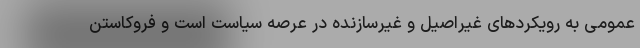
عمومی به رویکردهای غیراصیل و غیرسازنده در عرصه سیاست است و فروکاستن